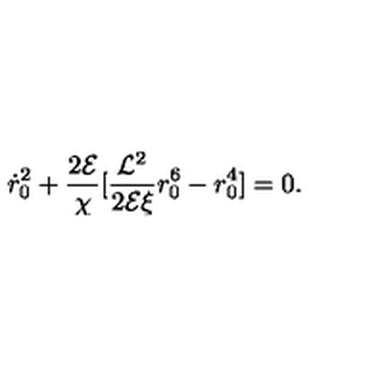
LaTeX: { \dot { r } _ { 0 } } ^ { 2 } + { \frac { 2 { \cal E } } { \chi } } [ { \frac { { \cal L } ^ { 2 } } { 2 { \cal E } \xi } } r _ { 0 } ^ { 6 } - r _ { 0 } ^ { 4 } ] = 0 .